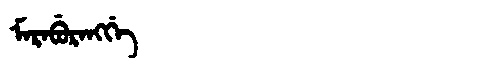
Manchu: ᠮᠠᡵᠠᠪᡠᡵᠠᠩᡤᡝ
Romanization: MARABURANGGE